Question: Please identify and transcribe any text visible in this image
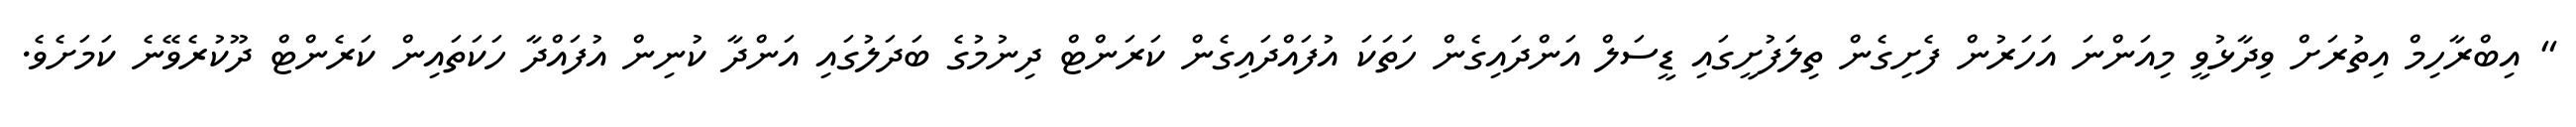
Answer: " އިބްރާހިމް އިތުރަށް ވިދާޅުވީ މިއަންނަ އަހަރުން ފެށިގެން ތިލަފުށީގައި ޑީސަލް އަންދައިގެން ހަތަކަ އުފައްދައިގެން ކަރަންޓް ދިނުމުގެ ބަދަލުގައި އަންދާ ކުނިން އުފައްދާ ހަކަތައިން ކަރެންޓް ދޫކުރެވޭނެ ކަމަށެވެ.